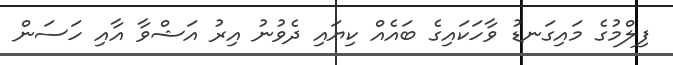
ފިލްމުގެ މައިގަނޑު ވާހަކައިގެ ބައެއް ކިޔައި ދެވުނު އިރު އަޝްވާ އާއި ހަސަން